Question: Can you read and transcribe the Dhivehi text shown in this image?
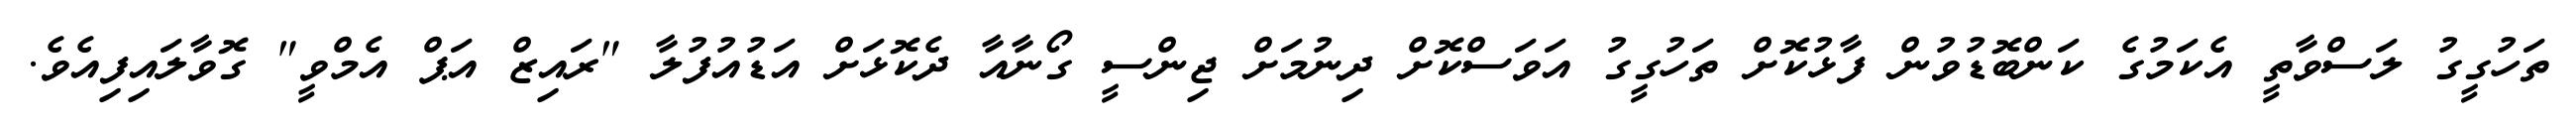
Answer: ތަހުގީގު ލަސްވާތީ އެކަމުގެ ކަންބޮޑުވުން ފާޅުކޮށް ތަހުގީގު އަވަސްކޮށް ދިނުމަށް ޖިންސީ ގޯނާއާ ދެކޮޅަށް އަޑުއުފުލާ "ރައިޒް އަޕް އެމްވީ" ގޮވާލައިފިއެވެ.